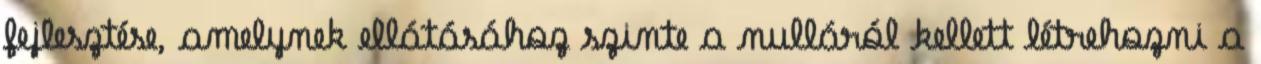
fejlesztése, amelynek ellátásához szinte a nulláról kellett létrehozni a